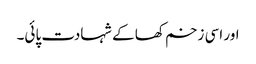
اور اسی زخم کھا کے شہادت پائی۔